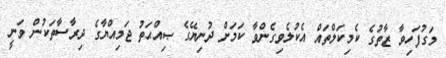
މަގުފަހިވާ ޒާތުގެ ކެމިކަލްތައް އެކުލެވިގެންވާ ކަމަށް ދުނިޔޭގެ ޞިއްޙަތު ޖަމިއްޔާގެ ދިރާސާތަކުން ވަނީ